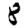
Digit: 8